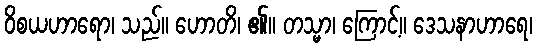
ဝိစယဟာရော၊ သည်။ ဟောတိ၊ ၏။ တသ္မာ၊ ကြောင့်။ ဒေသနာဟာရေ၊